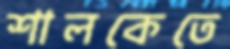
শালকেতে